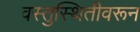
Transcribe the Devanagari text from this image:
वस्तुस्थितीवरून